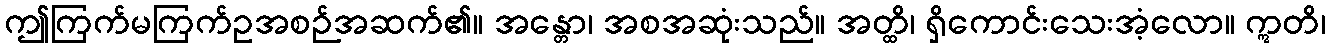
ဤကြက်မကြက်ဥအစဉ်အဆက်၏။ အန္တော၊ အစအဆုံးသည်။ အတ္ထိ၊ ရှိကောင်းသေးအံ့လော။ ဣတိ၊